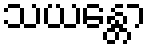
သယန္တော